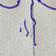
Signature authenticity: genuine